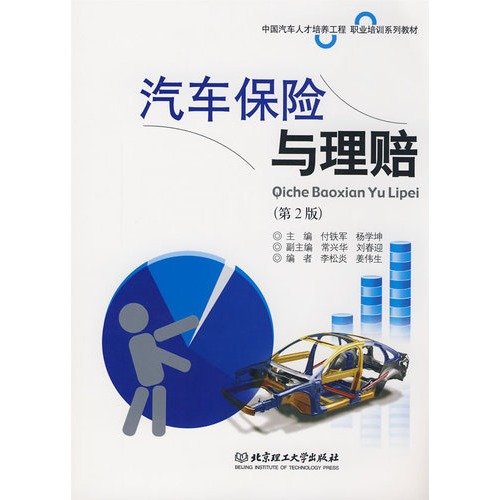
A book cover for China Automotive Engineering Professional Training Series Training materials: car insurance and claims (2); FU TIE JUN ?YANG XUE KUN; Engineering & Transportation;